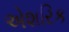
એશરિક